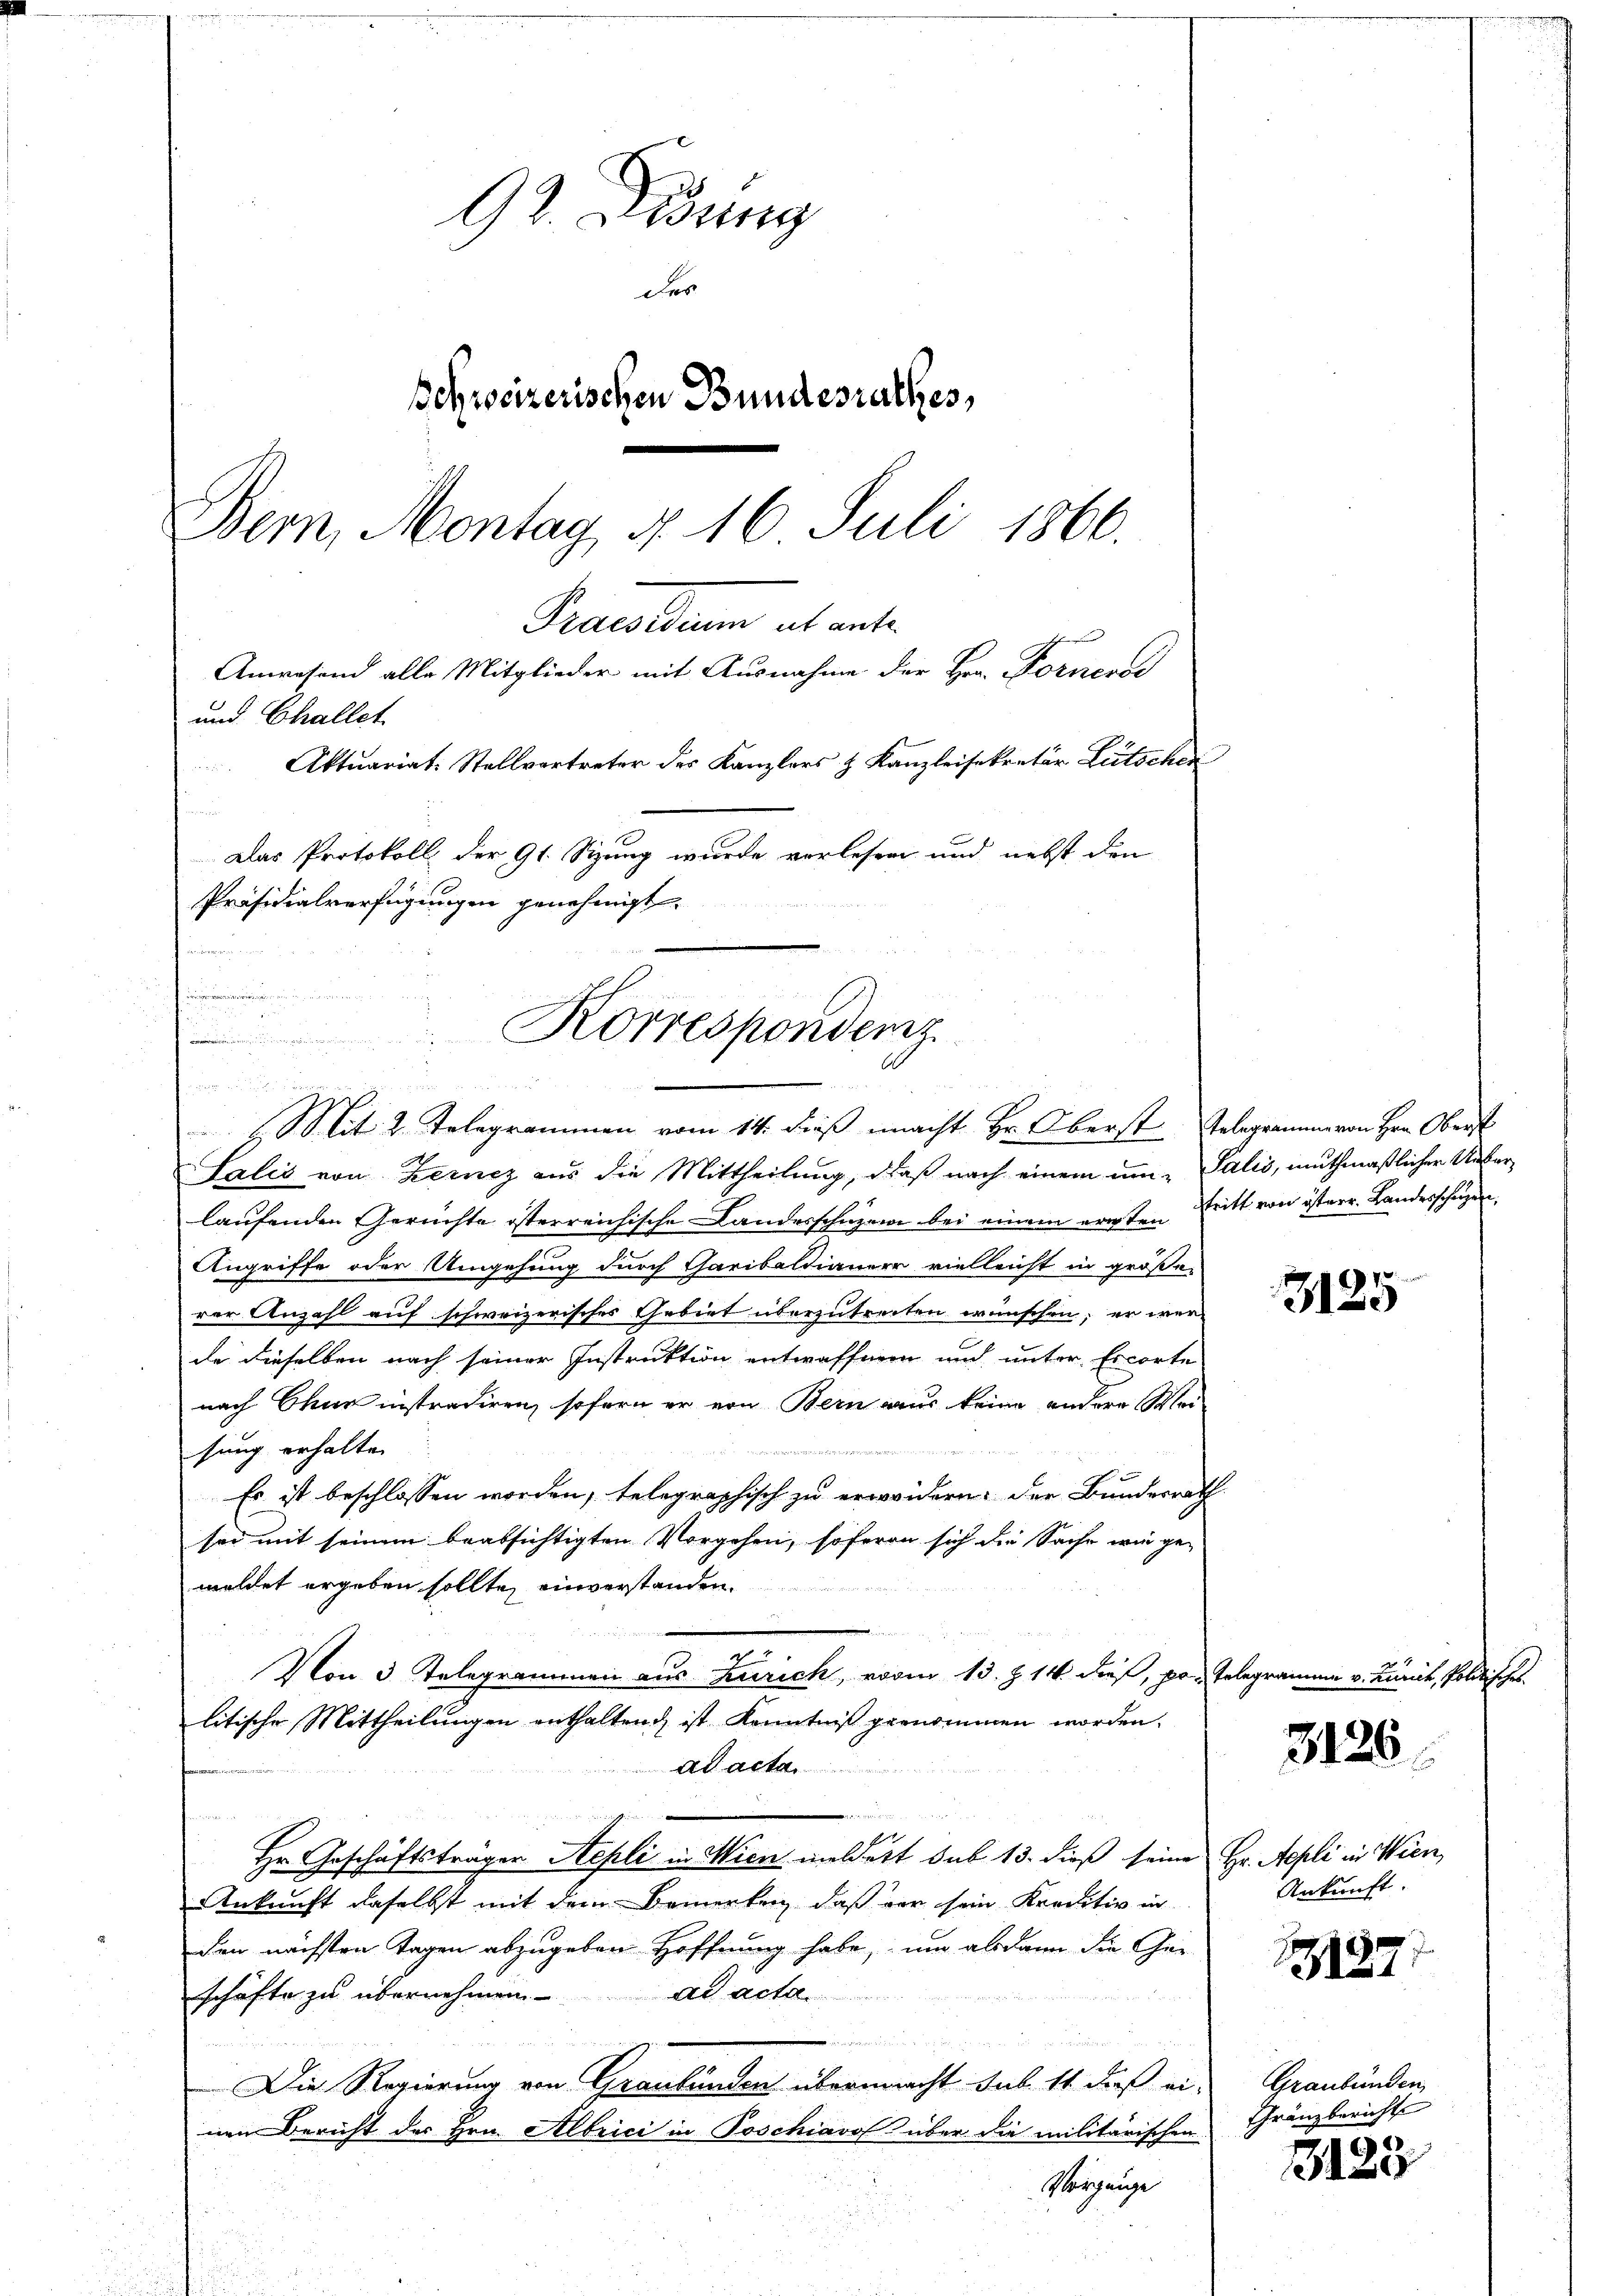
n
Korrespondenz.
n
.
¬
 2.
n
2
MMit 2. Telegrammen vom 14. dieß macht Hr. Oberst Gelegramme von Hrn. Oberst

92. Didung
der
schweizerischen Bundesrathes,
Bern, Montag d. 16 Juli 1866.
Praesidum ab ante
Anwesend alle Mitglieder mit Ausnahme der Hrn. Fornerse
und Challet
Aktuariat. Stellvertreter des Kanzlers & Kanzleisekretär Lütscher
Das Protokoll der 91. Sizung wurde vorlesen und nebst den
Präsidialverfügungen genehmigt.

Salis von Zerncz aus die Mittheilung, daß nach einem um Salis, muthmaßlicher Unterlaufenden Gerüchte österreichische Landesschuzern bei einem erten Tritt von österr. Landesschäzen,
Angriffe oder Umgehung durch Garibaltianer vielleicht in größe
rer Anzahl auf schweizerisches Gebiet überzutreiten wünschen, er werde dieselben nach seiner Instruktion entwaffnen und unter Ercorte
nach Chur instradiren, sofern er von Bern aus keine andere Mei-
sung erhalten
 x 1
g
F
Es ist beschlossen worden, telegraphisch zu erweidern. Der Bundesrath
sei mit seinem beabsichtigten Vorgehen, sofern sich die Sache wie ge-
weldet ergeben sollte, einverstanden.
g
e
Von 3 Telegrammen aus Zürich, vom 13. Z. 14. dies, pr. Telegran
litische Mittheilungen enthaltend ist Kenntniß genommen worden.
ad acta.
Hr. Geschäftsträger Repli in Wien meldert sub 13. dieß seine Hr. Aepli in Wien,
Ankunft daselbst mit dem Bemerken, daß vor sein Kreditiv in
den nächsten Tagen abzugeben Hoffnung habe, um abdann die Gei
schäfte zu übernehmen. ad acta
n
u
Die Regierung von Graubünden übermacht sub 11 daß ei-
nen Bericht des Hrn. Albrici in Poschiavof über die militärischen
Vorgange

3125

3126.

Ankunft.

1187

Graubünden,
Franzbericht

3123

v. Kunit, Poldisches.